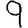
Digit: 9